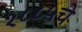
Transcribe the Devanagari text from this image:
१८८५चे